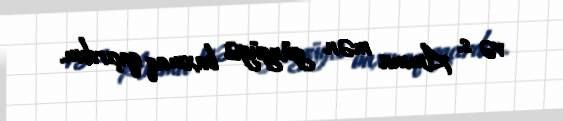
və s. Amma mən güzgüyə baxmaq qaçırdım.